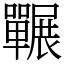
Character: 囅